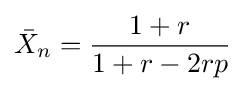
{\bar {X}}_{n}={\frac {1+r}{1+r-2rp}}